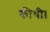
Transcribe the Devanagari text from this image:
कीथी।